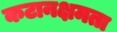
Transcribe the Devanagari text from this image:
कटानक्षमता